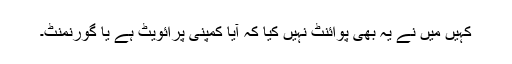
کہیں میں نے یہ بھی پوائنٹ نہیں کیا کہ آیا کمپنی پرائویٹ ہے یا گورنمنٹ۔